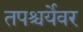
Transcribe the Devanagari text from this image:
तपश्चर्येवर